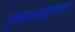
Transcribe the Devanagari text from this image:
हुंड्याबद्दलचा